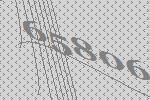
65806